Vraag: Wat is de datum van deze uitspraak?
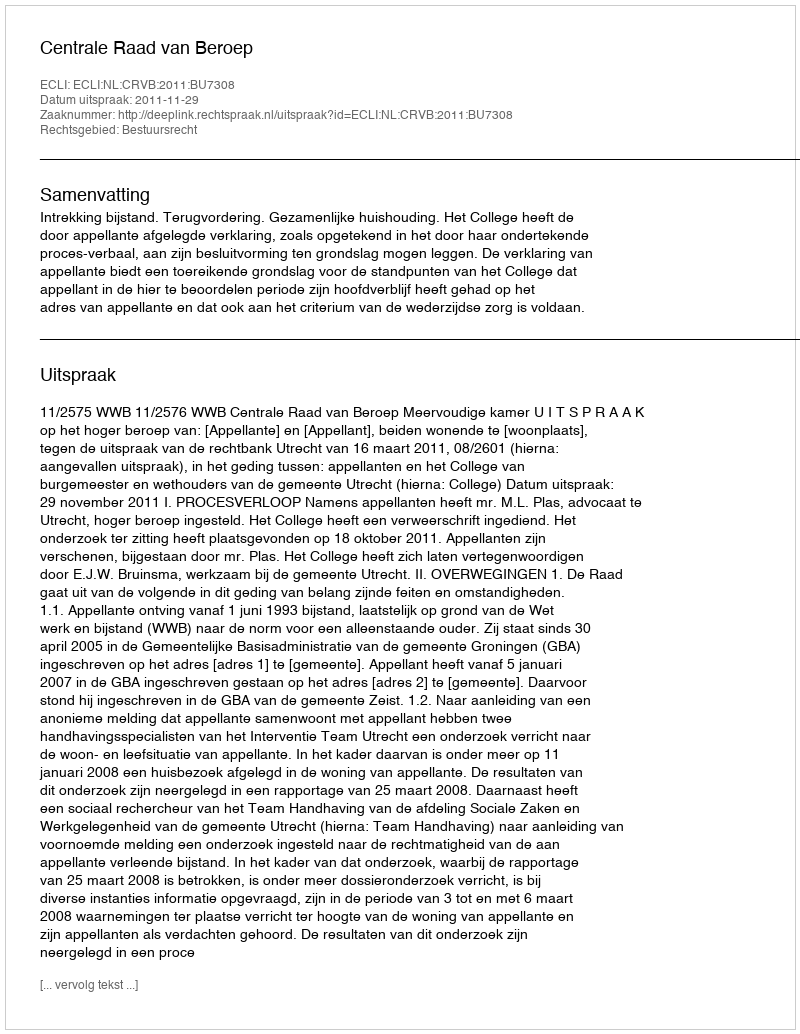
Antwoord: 2011-11-29